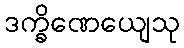
ဒက္ခိဏေယျေသု